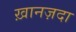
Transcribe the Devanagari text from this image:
ख़ानज़दा